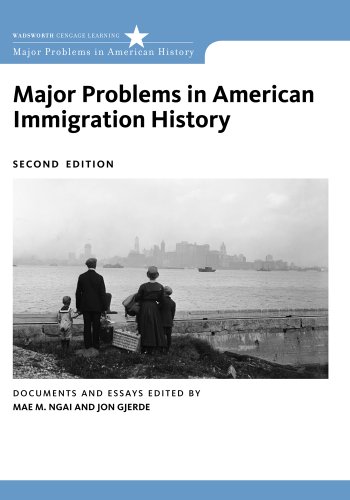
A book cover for Major Problems in American Immigration History: Documents and Essays, 2nd Edition (Major Problems in American History); Politics & Social Sciences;